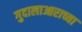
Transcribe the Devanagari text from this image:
गुदालाआराच्या